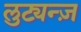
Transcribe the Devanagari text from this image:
लुट्यन्ज़